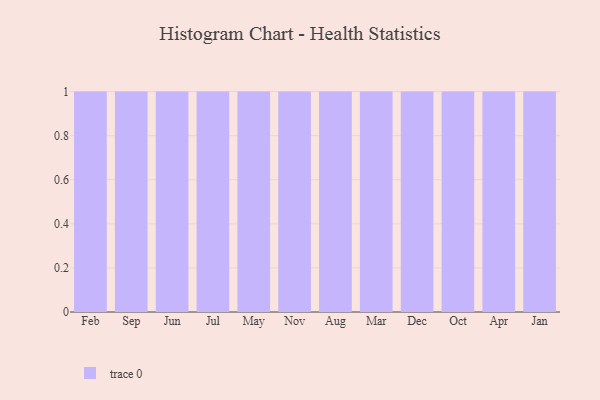
{"axis": {"x": "Month", "y": "Budget (USD K)"}, "legend": [""], "data": [{"x": "Feb", "y": 55, "type": ""}, {"x": "Sep", "y": 54, "type": ""}, {"x": "Jun", "y": 54, "type": ""}, {"x": "Jul", "y": 54, "type": ""}, {"x": "May", "y": 34, "type": ""}, {"x": "Nov", "y": 79, "type": ""}, {"x": "Aug", "y": 51, "type": ""}, {"x": "Mar", "y": 94, "type": ""}, {"x": "Dec", "y": 88, "type": ""}, {"x": "Oct", "y": 35, "type": ""}, {"x": "Apr", "y": 96, "type": ""}, {"x": "Jan", "y": 77, "type": ""}]}